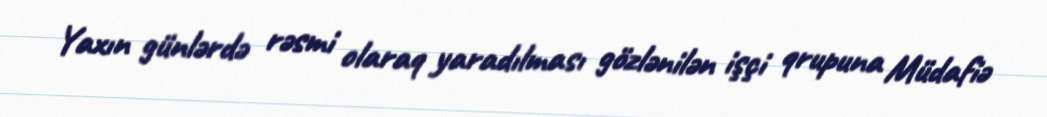
Yaxın günlərdə rəsmi olaraq yaradılması gözlənilən işçi qrupuna Müdafiə